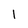
Character: 1